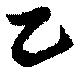
乙